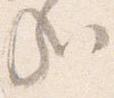
哉